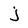
Character: j